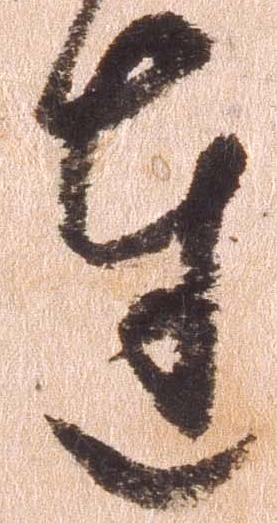
達